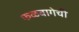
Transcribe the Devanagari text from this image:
फळबागेची